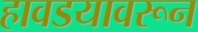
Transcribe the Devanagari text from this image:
हावडयावरून